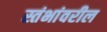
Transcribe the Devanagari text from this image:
स्तंभांवरील